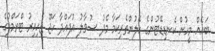
ބައެއް މީހުން ކެނޑިޑޭޓުންގެ ހޭލުންތެރިކަމާ މެދު ސުވާލު އުފައްދާ ހަޖޫ ޖެހިއިރު ޓްރަމްޕުގެ